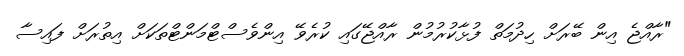
"ރާއްޖެ އިން ބޭރަށް ހިދުމަތް ފުޅާކުރުމުން ރާއްޖޭގައި ކުރެވޭ އިންވެސްޓްމަންޓްތަކަށް އިތުރަށް ފައިސާ